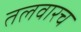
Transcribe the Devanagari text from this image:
तलवारच